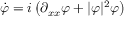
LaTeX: \dot { \varphi } = i \left( \partial _ { x x } \varphi + | \varphi | ^ { 2 } \varphi \right)